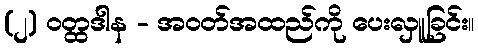
(၂) ဝတ္ထဒါန - အဝတ်အထည်ကို ပေးလှူခြင်း။